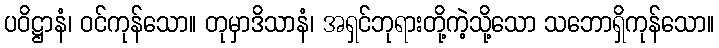
ပဝိဋ္ဌာနံ၊ ဝင်ကုန်သော။ တုမှာဒိသာနံ၊ အရှင်ဘုရားတို့ကဲ့သို့သော သဘောရှိကုန်သော။